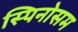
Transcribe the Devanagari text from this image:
स्पिनोसम